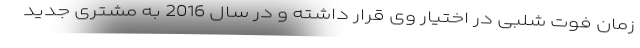
زمان فوت شلبی در اختیار وی قرار داشته و در سال 2016 به مشتری جدید